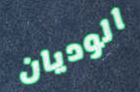
الوديان